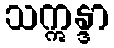
သဣန္ဒာ